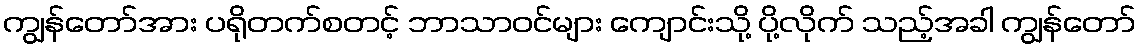
ကျွန်တော်အား ပရိုတက်စတင့် ဘာသာဝင်များ ကျောင်းသို့ ပို့လိုက် သည့်အခါ ကျွန်တော်